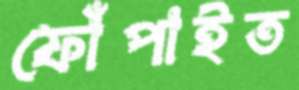
ফোঁপাইত